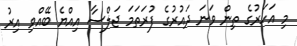
މި އަހަރުގެ ތިން ވަނަ ދައުރުގެ ފުރަތަމަ ޖަލްސާ އިއްޔެ ބޭއްވި އިރު